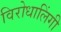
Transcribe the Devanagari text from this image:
विरोधालिंगी